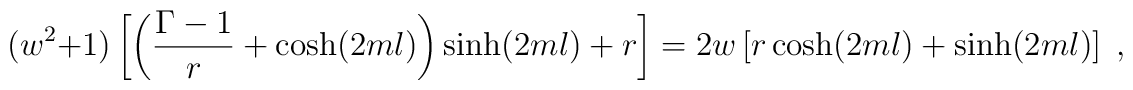
(w^2+1)\left[\left(\frac{\Gamma-1}{r}+\cosh(2ml)\right)\sinh(2ml)+r\right]  =2w\left[r\cosh(2ml)+\sinh(2ml)\right] \; ,